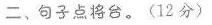
二、句子点将台。(12分)